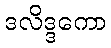
ဒလိဒ္ဒကော